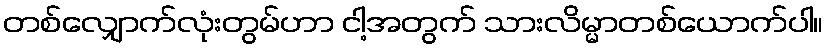
တစ်လျှောက်လုံးတွမ်ဟာ ငါ့အတွက် သားလိမ္မာတစ်ယောက်ပါ။